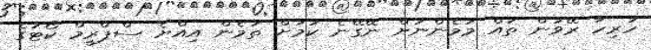
ހުރިހާ ރޭވުން ތައް މަމެންނަށް ނޭގޭނެ ކަމަށް ތަމެން އިއްޔެ ސްޕްރީމް ކޯޓުގެ